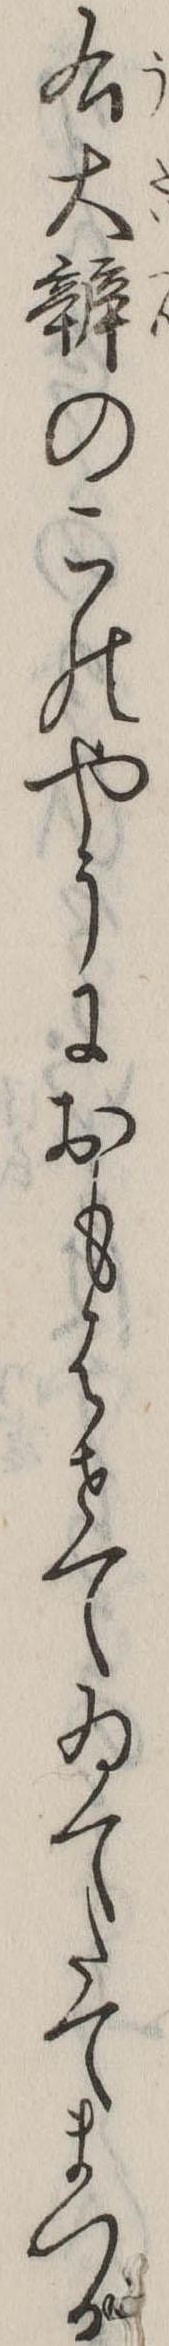
右大弁のこのやうにおもはせてゐてたてまつる